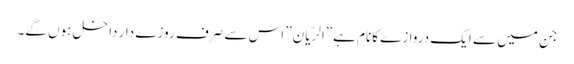
جن میں سے ایک دروازے کانام ہے”الرّیان” اس سے صرف روزے دار داخل ہوں گے۔